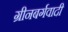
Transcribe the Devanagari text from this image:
ग्रीनबर्गवादी